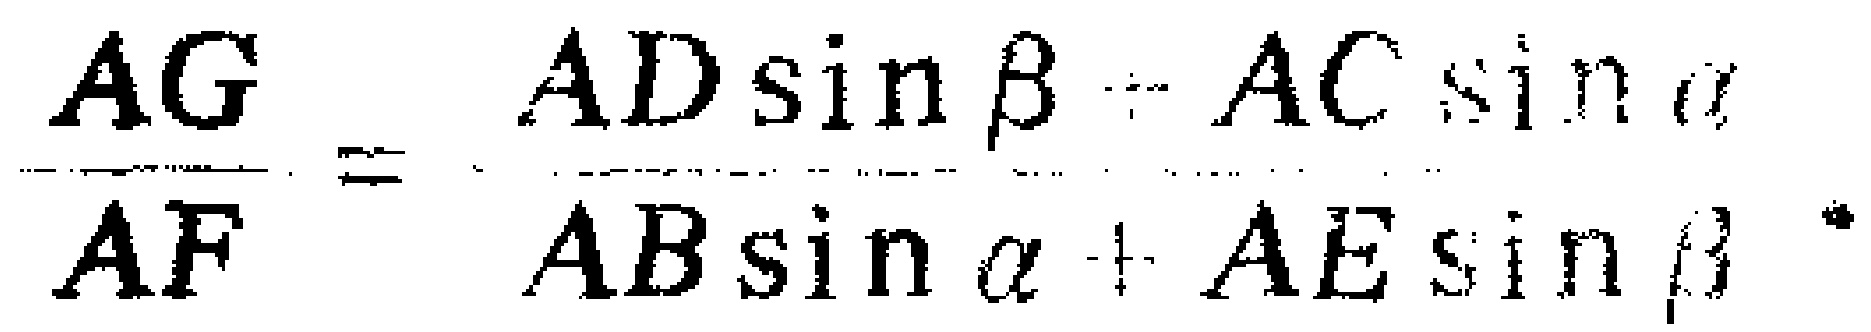
\(\frac{AG}{AF}=\frac{AD\sin\beta - AC\sin\alpha}{AB\sin\alpha + AE\sin\beta}\)